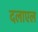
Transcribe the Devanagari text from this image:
दलाएल